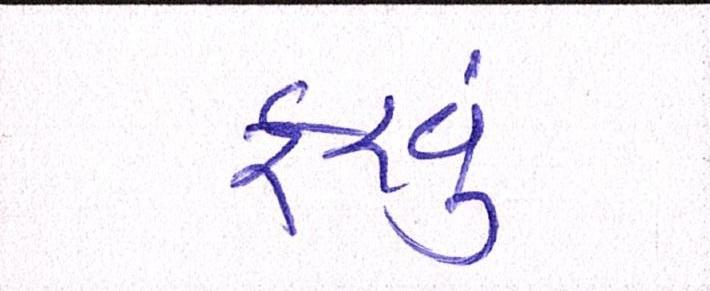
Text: ફરવુ